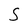
Character: S